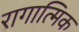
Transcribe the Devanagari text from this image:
रागात्मिक